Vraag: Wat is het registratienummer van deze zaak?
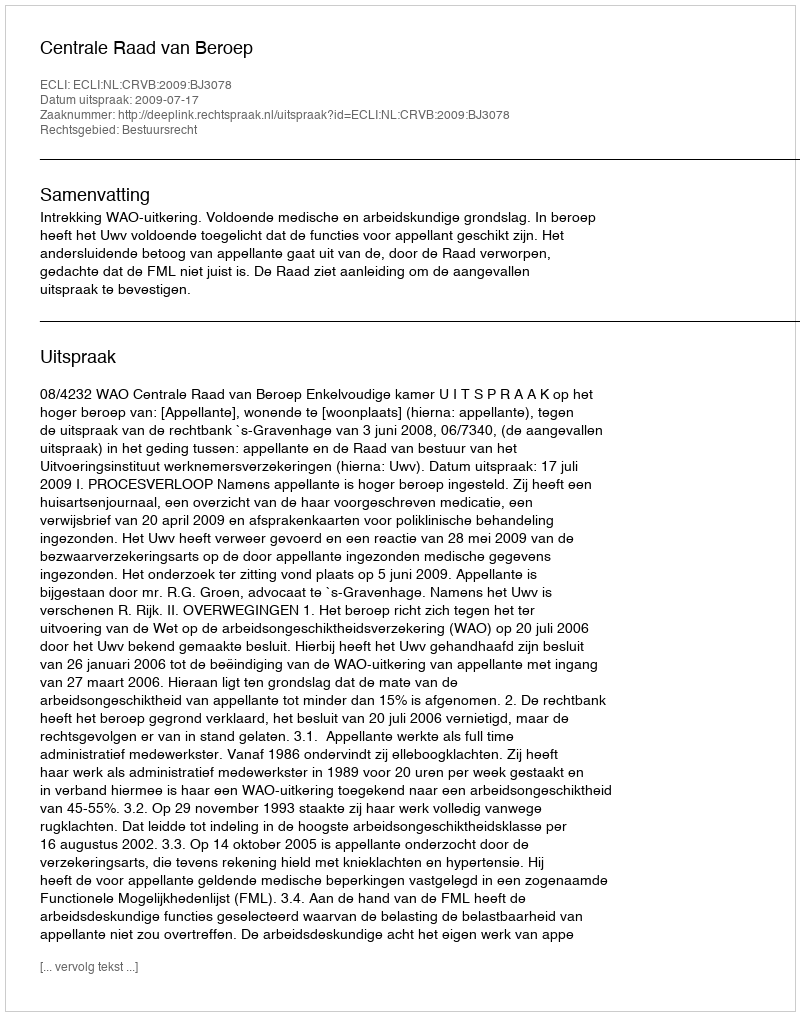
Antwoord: http://deeplink.rechtspraak.nl/uitspraak?id=ECLI:NL:CRVB:2009:BJ3078